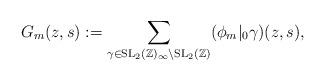
LaTeX: \begin{align*}G_m(z,s) := \sum_{\gamma \in \mathrm{SL}_2(\mathbb{Z})_{\infty} \backslash \mathrm{SL}_2(\mathbb{Z})} (\phi_m|_0\gamma) (z,s),\end{align*}